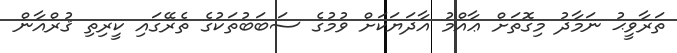
ތަރާވީޙު ނަމާދު މިގޮތަށް ޢާއްމު އާދަޔަކަށް ވުމުގެ ސަބަބުތަކުގެ ތެރޭގައި ކީރިތި ޤުރްއާން